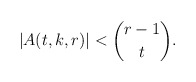
\begin{align*}|A(t,k,r)|< \binom{r-1}{t}.\end{align*}